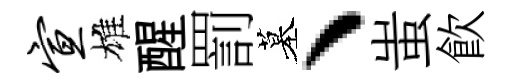
宣雄醒罰墓、蚩飲